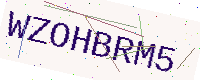
Text: WZOHBRM5